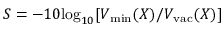
S = - 1 0 \mathrm { l o g } _ { 1 0 } [ V _ { \mathrm { m i n } } ( X ) / V _ { \mathrm { v a c } } ( X ) ]